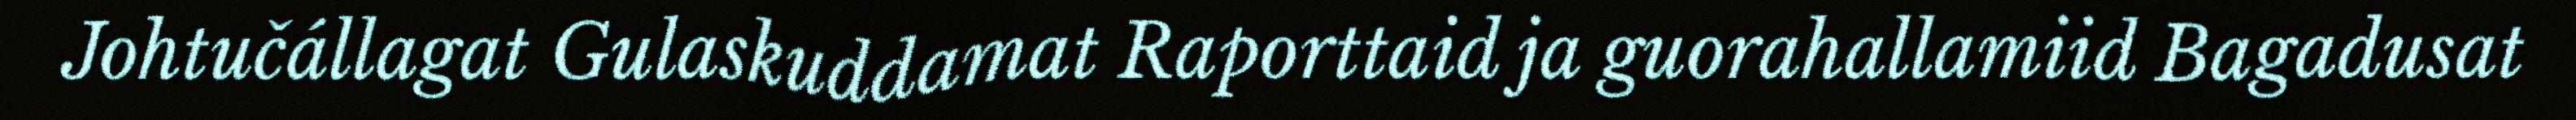
Johtučállagat Gulaskuddamat Raporttaid ja guorahallamiid Bagadusat